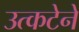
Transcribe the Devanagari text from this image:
उत्कटेने